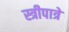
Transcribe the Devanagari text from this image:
स्त्रीपात्रे